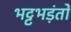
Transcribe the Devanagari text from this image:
भट्टभड़ंतों